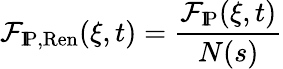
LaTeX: \mathcal{F}_{\mathrm{{I\! P,Ren}}}(\xi,t)=\frac{{\mathcal{F}_{\mathrm{{I\! P}}}(\xi,t)}}{{N(s)}}